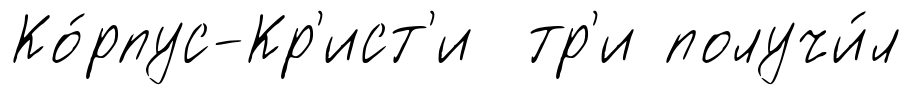
Ко́рпус-Кр'ист'и тр'и получи́л